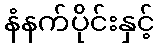
နံနက်ပိုင်းနှင့်